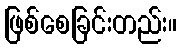
ဖြစ်စေခြင်းတည်း။